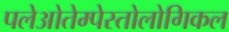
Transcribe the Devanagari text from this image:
पलेओतेम्पेस्तोलोगिकल